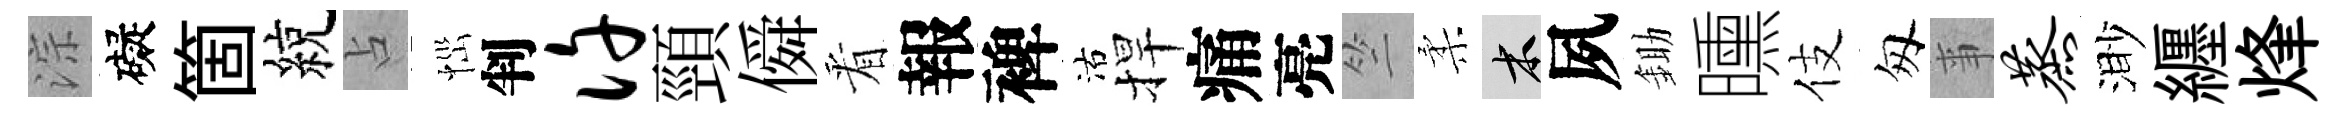
淙礙箇綂占𢙉判许頸僢㸔報裨沽捍痛亮竺柔木夙鋤曛伎匆亊蒸渺纒烽